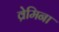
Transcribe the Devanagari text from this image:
व्रेमिना